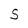
Character: S